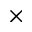
\times